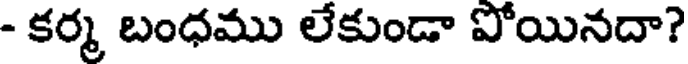
- కర్మ బంధము లేకుండా పోయినదా?